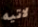
لاتيه